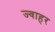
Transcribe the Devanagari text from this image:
ज्वाहर